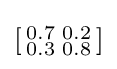
\left[{\begin{smallmatrix}0.7&0.2\\0.3&0.8\end{smallmatrix}}\right]